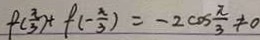
f ( \frac { \pi } { 3 } ) + f ( - \frac { \pi } { 3 } ) = - 2 \cos \frac { \pi } { 3 } \neq 0